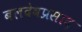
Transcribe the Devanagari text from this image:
बलदेवप्रसाद